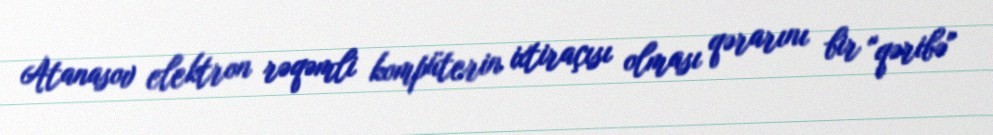
Atanasov elektron rəqəmli kompüterin ixtiraçısı olması qərarını bir "qəribə"